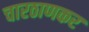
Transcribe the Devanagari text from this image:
चारठाणकर